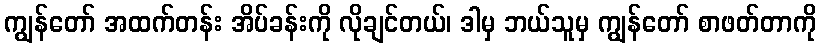
ကျွန်တော် အထက်တန်း အိပ်ခန်းကို လိုချင်တယ်၊ ဒါမှ ဘယ်သူမှ ကျွန်တော် စာဖတ်တာကို